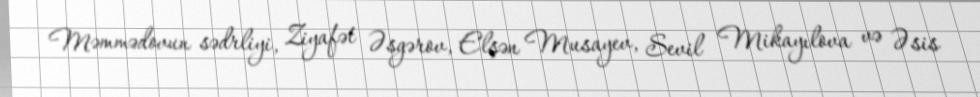
Məmmədovun sədrliyi, Ziyafət Əsgərov, Elşən Musayev, Sevil Mikayılova və Əsis